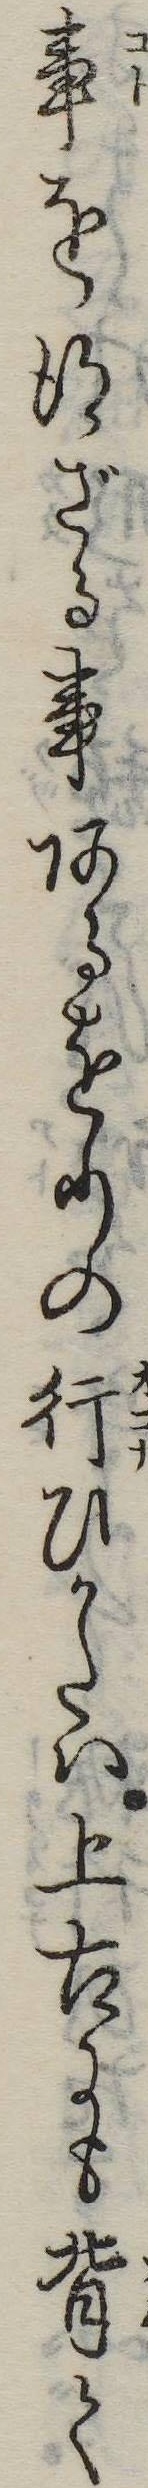
事を得ざる事あるをりの行ひかたは上古にも背く